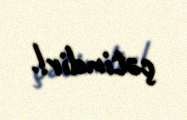
çətindir!.